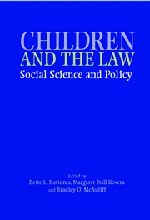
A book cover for Children, Social Science, and the Law; Law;